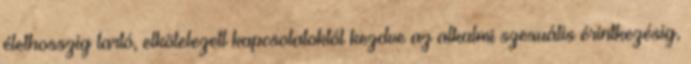
élethosszig tartó, elkötelezett kapcsolatoktól kezdve az alkalmi szexuális érintkezésig,